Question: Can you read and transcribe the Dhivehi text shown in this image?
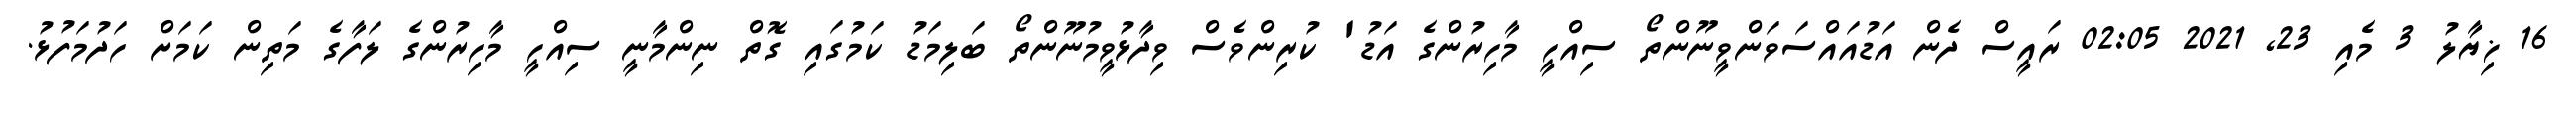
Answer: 16 ޚިޔާލު 3 މެއި 23, 2021 02:05 ރައީސް ދެން އަޑުއައްސަވަންވީނޫންތޯ ސިއްހީ މާހިރުންގެ އަޑު' ކުރިންވެސް ވިދާޅުވީމުނޫންތޯ ބަލިމަޑު ކަމުގައި ގޮތް ނިންމާނީ ސިއްހީ މާހިރުންގެ ލަފާގެ މަތިން ކަމަށް ހަދުމަފުޅު.